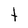
Character: t